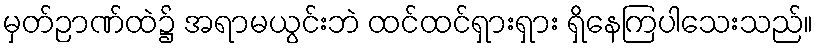
မှတ်ဉာဏ်ထဲ၌ အရာမယွင်းဘဲ ထင်ထင်ရှားရှား ရှိနေကြပါသေးသည်။